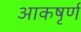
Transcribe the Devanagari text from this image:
आकषृर्ण